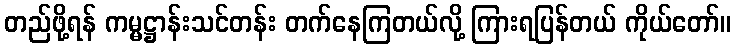
တည်ဖို့ရန် ကမ္မဋ္ဌာန်းသင်တန်း တက်နေကြတယ်လို့ ကြားရပြန်တယ် ကိုယ်တော်။